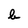
Character: b